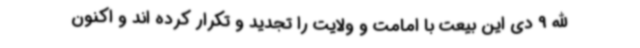
الله 9 دی این بیعت با امامت و ولایت را تجدید و تکرار کرده اند و اکنون